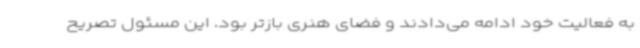
به فعالیت خود ادامه می‌دادند و فضای هنری بازتر بود. این مسئول تصریح